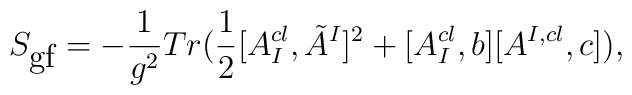
S_{\mbox{gf}} = -\frac{1}{g^2} Tr(\frac{1}{2}[A_I^{cl}, \tilde{A}^I]^2 +[A_I^{cl},b][A^{I,cl},c]),